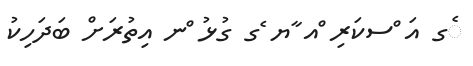
ެގ އަ ްސކަރި ްއ ާޔ ެގ ގުޅު ްނ އިތުރަށް ބަދަހިކު